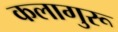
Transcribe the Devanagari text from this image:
कलागुरू